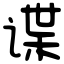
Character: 谍